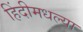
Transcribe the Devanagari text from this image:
हिंदीमधल्या